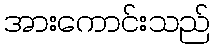
အားကောင်းသည်